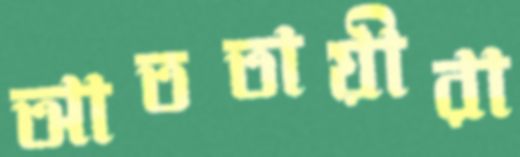
আততায়ীরা